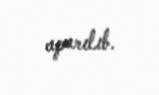
aparılıb.